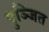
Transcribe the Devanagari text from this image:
पुञ्जित